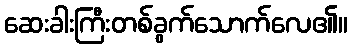
ဆေးခါးကြီးတစ်ခွက်သောက်လေ၏။